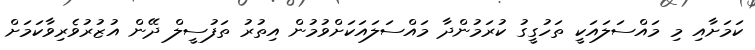
ކަމަށާއި މި މައްސަލައަކީ ތަހުގީގު ކުރަމުންދާ މައްސަލައަކަށްވުމުން އިތުރު ތަފުސީލް ދޭން އުޒުރުވެރިވާކަމަށް